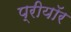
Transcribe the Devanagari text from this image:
प्रीयॉर